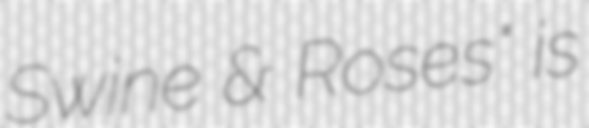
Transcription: Swine & Roses" is